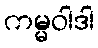
ကမ္မဝါဒါ